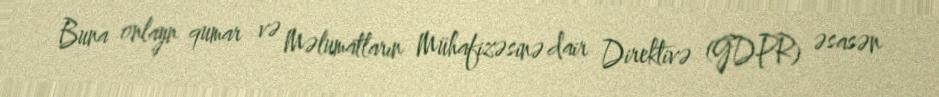
Buna onlayn qumar və Məlumatların Mühafizəsinə dair Direktivə (GDPR) əsasən